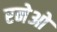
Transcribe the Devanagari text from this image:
रनेओ